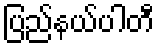
ပြည်နယ်ပါတီ